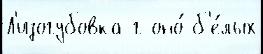
Л'изогубовка г оно́ б'е́лых